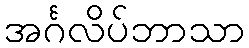
အင်္ဂလိပ်ဘာသာ